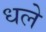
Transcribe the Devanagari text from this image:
धले